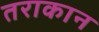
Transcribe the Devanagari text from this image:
तराकान